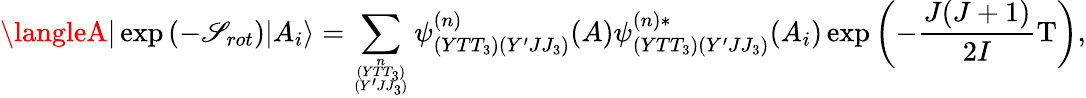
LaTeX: \langleA|\exp{(-\mathscr{S}_{rot})}|A_{i}\rangle=\sum_{{n\atop(YTT_{3})}\atop(Y^{\prime}JJ_{3})}\psi_{(YTT_{3})(Y^{\prime}JJ_{3})}^{(n)}(A)\psi_{(YTT_{3})(Y^{\prime}JJ_{3})}^{(n)*}(A_{i})\exp{\left(-\frac{{J(J+1)}}{{2I}}\mathrm{{T}}\right)},